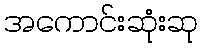
အကောင်းဆုံးဆု